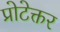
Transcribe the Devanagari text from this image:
प्रोटेक्तर